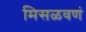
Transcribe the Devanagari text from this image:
मिसळवणं